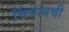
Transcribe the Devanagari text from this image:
चिंघायची